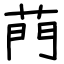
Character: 菛